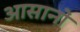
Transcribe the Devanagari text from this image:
आसानों